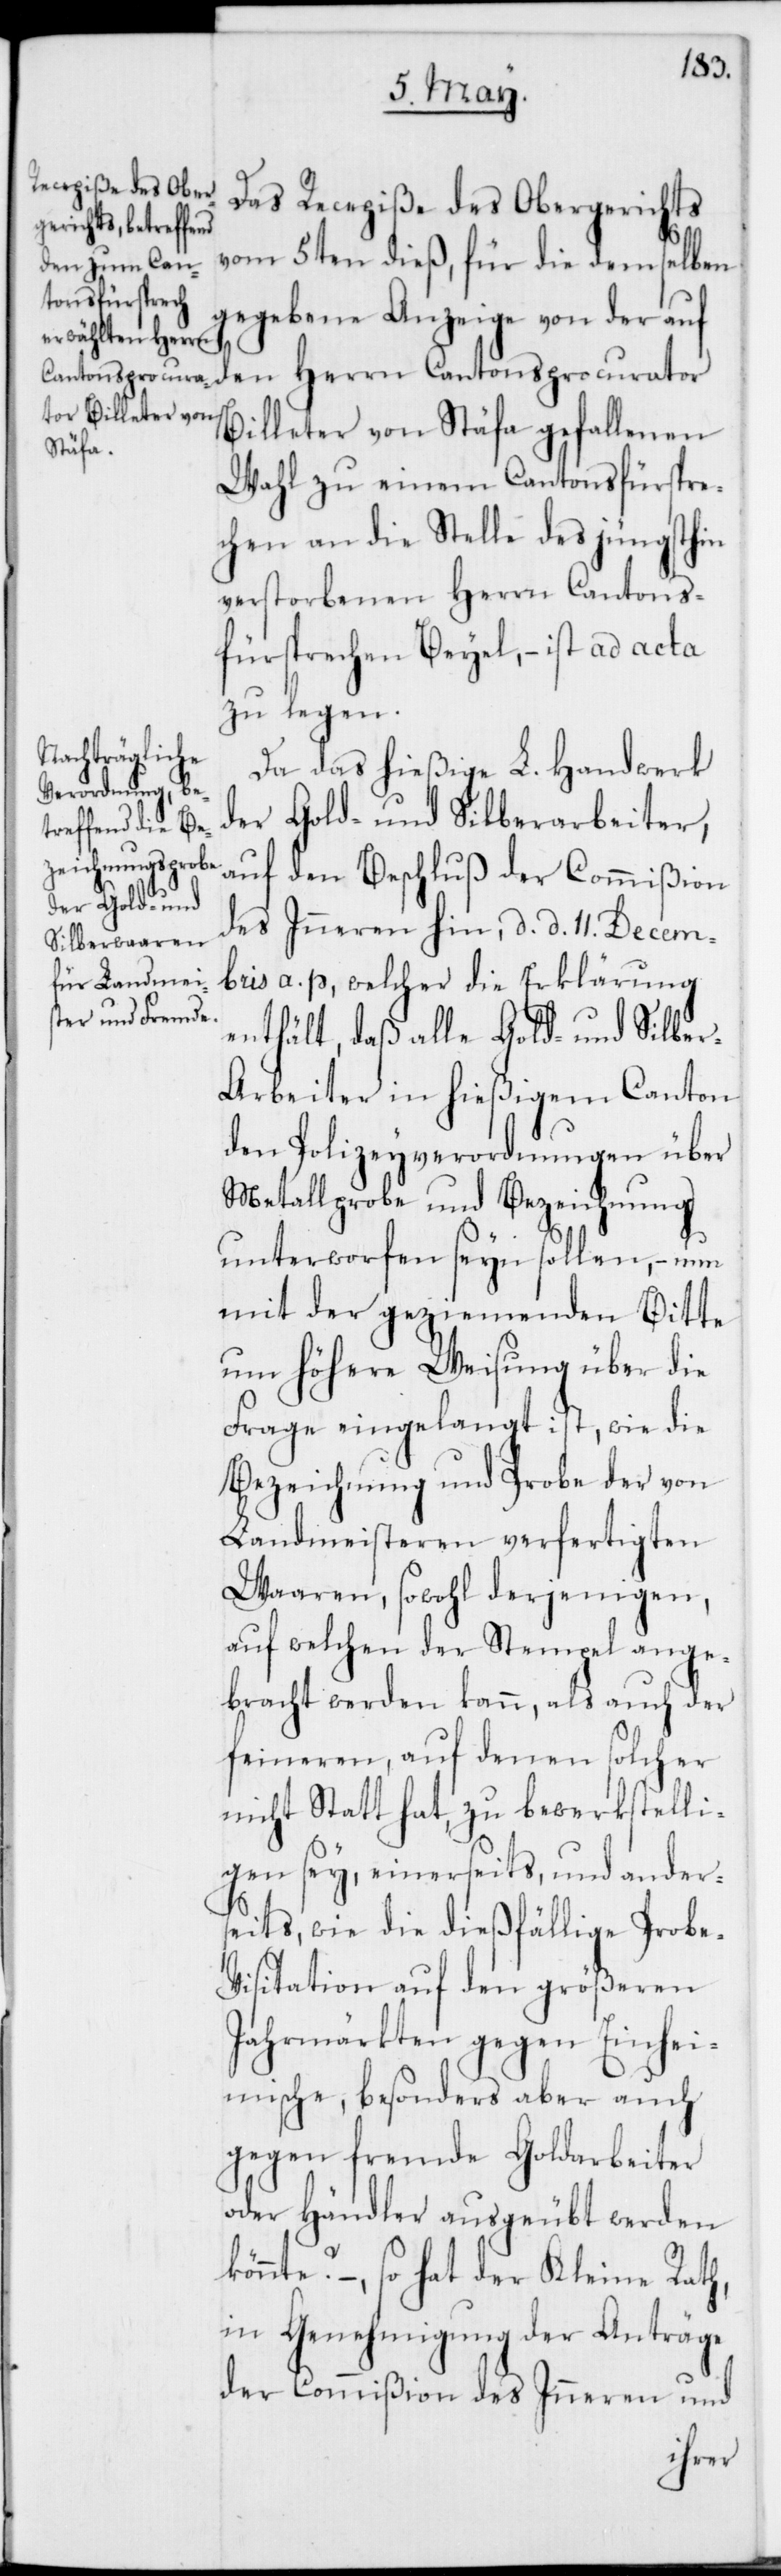
Das Recepiße des Obergerichts
vom 5ten dieß, für die demselben
gegebene Anzeige von der auf
Billeter von Stäfa gefallenen
Wahl zu einem Cantonsfürspre¬
chen an die Stelle des jüngsthin
verstorbenen Herrn Cantons¬
fürsprechen Beyel, – ist ad acta
zu legen.
Da das hießige L. Handwerk
der Gold- und Silberarbeiter,
auf den Beschluß der Commißion
des Inneren hin, d. d. 11. Decem¬
bris a. p., welcher die Erklärung
enthält, daß alle Gold- und Silbe¬
r-Arbeiter in hießigem Canton
den Polizeyverordnungen über
Metallprobe und Bezeichung
unterworfen seyn sollen, – nun
mit der geziemenden Bitte
um höhere Weisung über die
Frage eingelangt ist, wie die
Bezeichnung und Probe der von
Landmeisteren verfertigten
Waaren, sowohl derjenigen,
auf welchen der Stempel ange¬
bracht werden kann, als auch der
feineren, auf denen solcher
nicht Statt hat, zu bewerkstelli¬
gen sey, einerseits, und ander¬
seits, wie die dießfällige Probe-V¬
isitation auf den größeren
Jahrmärkten gegen Einhei¬
mische, besonders aber auch
gegen fremde Goldarbeiter
oder Händler ausgeübt werden
könnte? – so hat der Kleine Rath,
in Genehmigung der Anträge
der Commißion des Inneren und